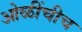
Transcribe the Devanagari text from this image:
ओळींचीच